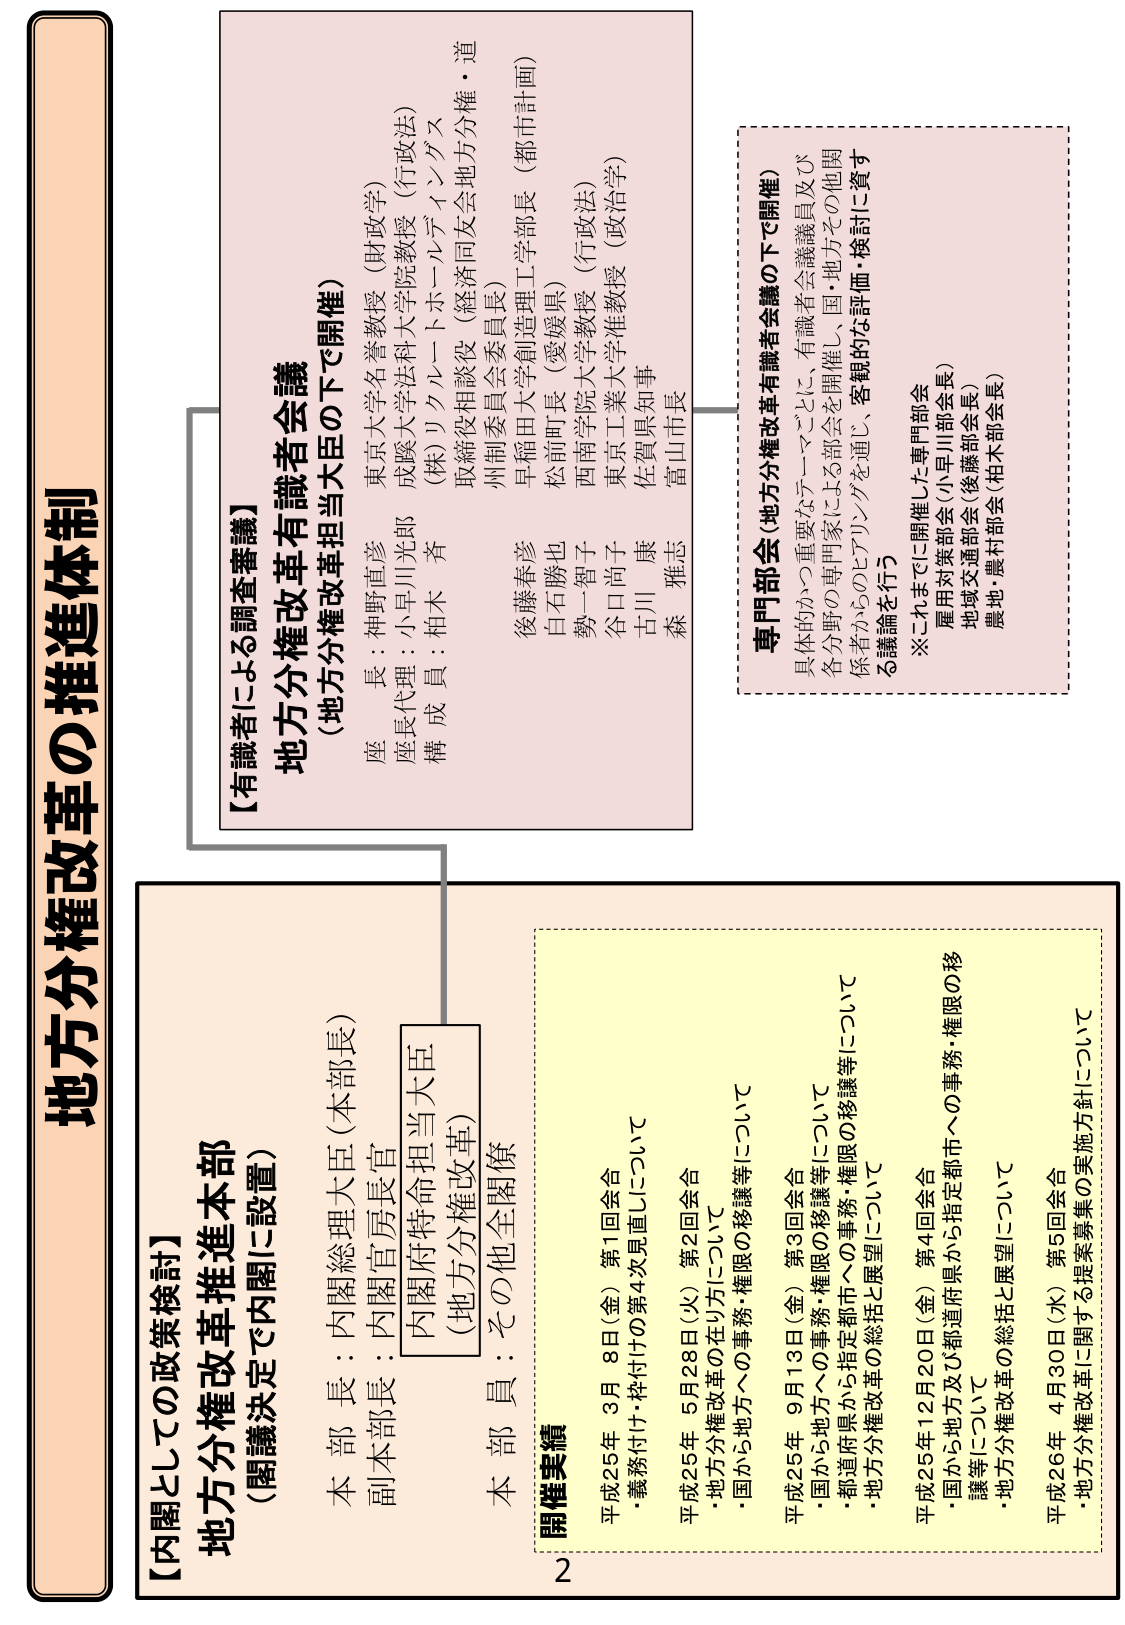
地方分権改革の推進体制

【内閣としての政策検討】
地方分権改革推進本部
（閣議決定で内閣に設置）
本部長：内閣総理大臣（本部長）
副本部長：内閣官房長官
内閣府特命担当大臣
（地方分権改革）
本部員：その他全閣僚

開催実績
平成25年 3月 8日（金）第1回会合
・義務付け・枠付けの第4次見直しについて
平成25年 5月28日（火）第2回会合
・地方分権改革の在り方について
・国から地方への事務・権限の移譲等について
平成25年 9月13日（金）第3回会合
・国から地方への事務・権限の移譲等について
・都道府県から指定都市への事務・権限の移譲等について
・地方分権改革の総括と展望について
平成25年12月20日（金）第4回会合
・国から地方及び都道府県から指定都市への事務・権限の移譲等について
・地方分権改革の総括と展望について
平成26年 4月30日（水）第5回会合
・地方分権改革に関する提案募集の実施方針について

【有識者による調査審議】
地方分権改革有識者会議
（地方分権改革担当大臣の下で開催）
座長：神野直彦 東京大学名誉教授（財政学）
座長代理：小早川光郎 成蹊大学法科大学院教授（行政法）
構成員：相木 斉 （株）リクルートホールディングス
取締役相談役（経済同友会地方分権・道州制委員会委員長）
後藤春彦 早稲田大学創造理工学部長（都市計画）
目石勝也 松前町長（愛媛県）
勢一智子 西南学院大学教授（行政法）
谷口尚子 東京工業大学准教授（政治学）
古川 康 佐賀県知事
森 雅志 富山市長

専門部会（地方分権改革有識者会議の下で開催）
具体的かつ重要なテーマごとに、有識者会議議員及び
各分野の専門家による部会を開催し、国・地方その他関係者からのヒアリングを通じ、客観的な評価・検討に資する議論を行う
※これまでに開催した専門部会
雇用対策部会（小早川部会長）
地域交通部会（後藤部会長）
農地・農村部会（柏木部会長）